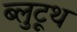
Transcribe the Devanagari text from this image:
ब्लुटूथ